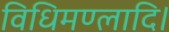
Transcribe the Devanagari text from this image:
विधिमण्लादि।